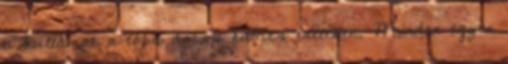
a hullámok a tóba dobott kavics esetében. Minden egyes